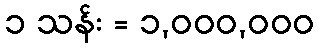
၁ သန်း = ၁,၀၀၀,၀၀၀